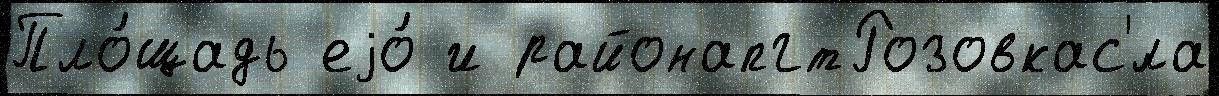
Пло́щадь еjо́ и районапгтРозовкас'́ла